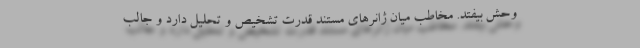
وحش بیفتد. مخاطب میان ژانرهای مستند قدرت تشخیص و تحلیل دارد و جالب